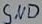
Text: GND